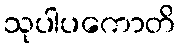
သုပါပကောတိ